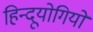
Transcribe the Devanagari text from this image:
हिन्दूयोगियों